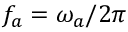
f _ { a } = \omega _ { a } / 2 \pi